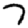
Digit: 7